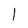
Character: 1